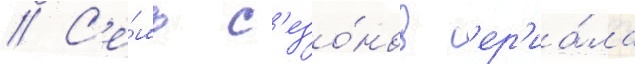
// С'е́мь с'езо́нов с'ер'иа́ла